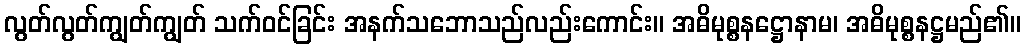
လွတ်လွတ်ကျွတ်ကျွတ် သက်ဝင်ခြင်း အနက်သဘောသည်လည်းကောင်း။ အဓိမုစ္စနဋ္ဌောနာမ၊ အဓိမုစ္စနဋ္ဌမည်၏။